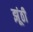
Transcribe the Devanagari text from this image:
झूंठी